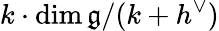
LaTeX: k\cdot\dim{\mathfrak{g}}/(k+h^{\vee})